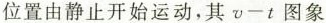
位置由静止开始运动，其v-t图象